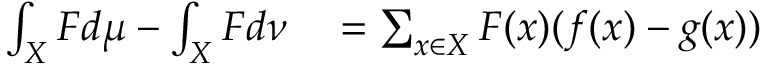
\begin{array} { r l } { \int _ { X } F d \mu - \int _ { X } F d \nu } & { { } = \sum _ { x \in X } F ( x ) ( f ( x ) - g ( x ) ) } \end{array}